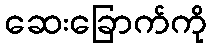
ဆေးခြောက်ကို